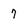
Character: 7